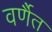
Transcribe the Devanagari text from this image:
वर्णैत